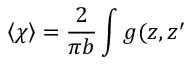
\left\langle \chi \right\rangle = \frac 2 { \pi b } \int g ( z , z ^ { \prime }